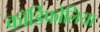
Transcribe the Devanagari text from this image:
कॉर्डिफोलिया